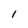
Character: I